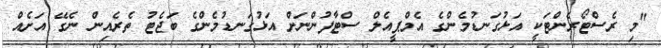
"މި ރެސްޓޯރެންޓަކީ އަޅުގަނޑުމެންގެ އެމްޕީއެލް ސްޓާފުންނަށް އަޅުގަނޑުމެންގެ ބަޖެޓު ތެރެއިން ނެގޭ އަށެއް